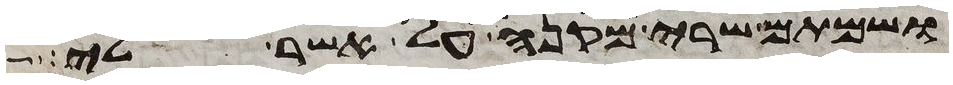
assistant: ושמתם שרי מקנה על אשר לי